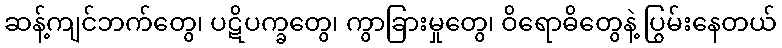
ဆန့်ကျင်ဘက်တွေ၊ ပဋိပက္ခတွေ၊ ကွာခြားမှုတွေ၊ ဝိရောဓိတွေနဲ့ ပြွမ်းနေတယ်